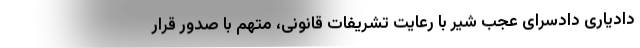
دادیاری دادسرای عجب شیر با رعایت تشریفات قانونی، متهم با صدور قرار